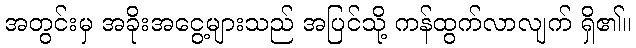
အတွင်းမှ အခိုးအငွေ့များသည် အပြင်သို့ ကန်ထွက်လာလျက် ရှိ၏။